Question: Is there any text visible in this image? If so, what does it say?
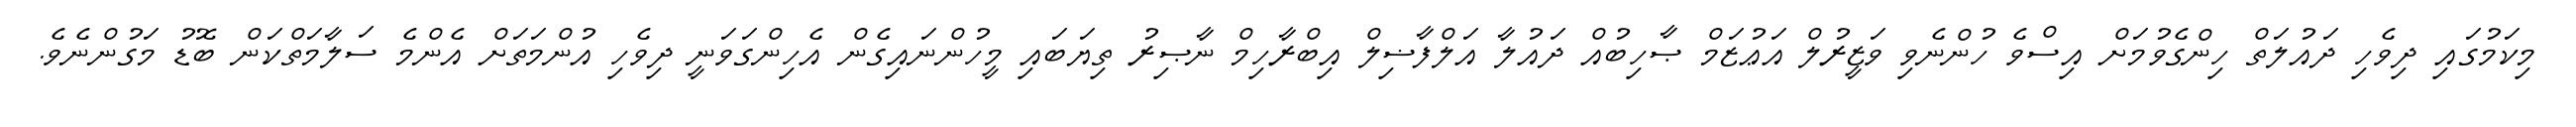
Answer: މިކަމުގައި ދިވެހި ދައުލަތް ހިންގެވުމަށް އިސްވެ ހުންނެވި ވަޒީރުލް އަޢުޒަމް ޞާހިބުއް ދައުލާ އަލްފާޟިލް އިބްރާހިމް ނާޞިރު ތިޔަބައި މީހުންނައިގެން އެހިންގަވަނީ ދިވެހި އުންމަތަށް އެންމެ ސަލާމަތްކަން ބޮޑު މަގުންނެވެ.